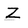
Character: Z